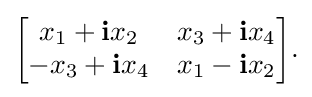
{\begin{bmatrix}x_{1}+\mathbf {i} x_{2}&x_{3}+\mathbf {i} x_{4}\\-x_{3}+\mathbf {i} x_{4}&x_{1}-\mathbf {i} x_{2}\end{bmatrix}}.\,\!